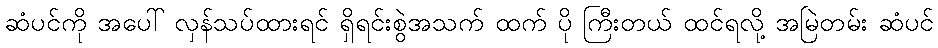
ဆံပင်ကို အပေါ် လှန်သပ်ထားရင် ရှိရင်းစွဲအသက် ထက် ပို ကြီးတယ် ထင်ရလို့ အမြဲတမ်း ဆံပင်